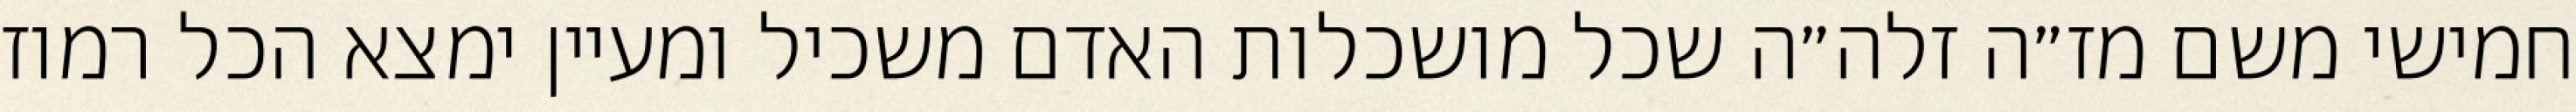
חמישי משם מז״ה זלה״ה שכל מושכלות האדם משכיל ומעיין ימצא הכל רמוז